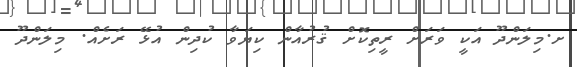
ށ.މިލަންދޫ އަކީ ވަރަށް ރީތިކޮށް ޤުރުއާން ކިޔަވާ ކުދިން އުޅޭ ރަށެއް. މިލަންދޫ